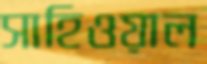
সাহিওয়াল